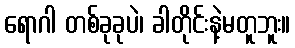
ရောဂါ တစ်ခုခုပဲ၊ ခါတိုင်းနဲ့မတူဘူး။